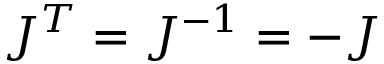
J ^ { T } = J ^ { - 1 } = - J